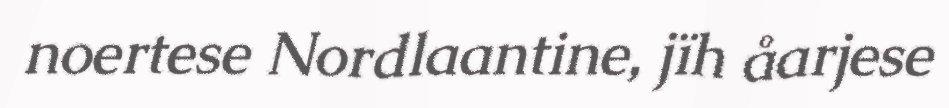
noertese Nordlaantine, jïh åarjese